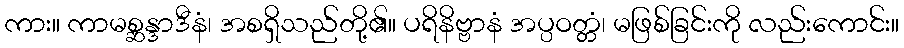
ကား။ ကာမစ္ဆန္ဒာဒီနံ၊ အစရှိသည်တို့၏။ ပရိနိဗ္ဗာနံ အပ္ပဝတ္တံ၊ မဖြစ်ခြင်းကို လည်းကောင်း။